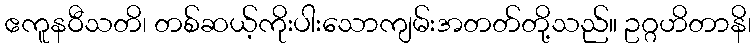
ဧကူနဝီသတိ၊ တစ်ဆယ့်ကိုးပါးသောကျမ်းအတတ်တို့သည်။ ဥဂ္ဂဟိတာနိ၊